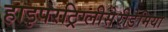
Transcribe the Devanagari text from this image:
हाइपरट्रिग्लीसेरीडेमिया